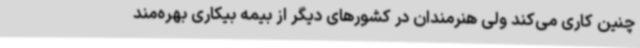
چنین کاری می‌کند ولی هنرمندان در کشورهای دیگر از بیمه بیکاری بهره‌مند